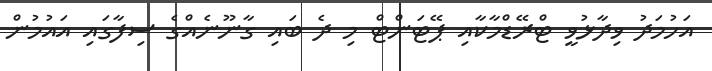
އަހުމަދު ވިދާޅުވީ ޓްރޭޑްމާކާއި ޕޭޓަންޓް މި ދެ ބައި ގާނޫނެއްގެ ސިފާގައި އައުމުން